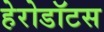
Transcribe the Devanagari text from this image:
हेरोडॉटस